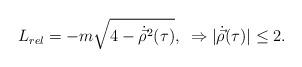
LaTeX: \begin{align*}L_{rel}=-m\sqrt{4-\dot{\vec{\rho}}^{2}(\tau )},\,\,\, \Rightarrow |{\dot {\vec\rho}}(\tau )| \leq 2.\end{align*}